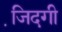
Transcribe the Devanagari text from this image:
जि़दगी